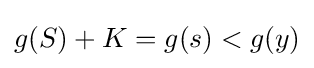
g(S)+K=g(s)<g(y)